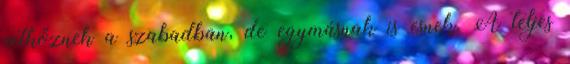
vetkőznek a szabadban, de egymásnak is esnek. A teljes